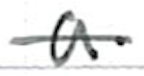
Text: a
Cross-out: single-line
Writing tool: ballpoint